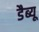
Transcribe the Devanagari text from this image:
डैब्यू